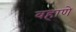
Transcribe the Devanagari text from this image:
वहाणे